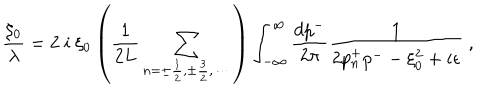
{ \frac { \xi _ { 0 } } { \lambda } } = 2 ~ i ~ \xi _ { 0 } \left( { \frac { 1 } { 2 L } } \sum _ { n = \pm \frac { 1 } { 2 } , \pm \frac { 3 } { 2 } , \cdots ~ } \right) \int _ { - \infty } ^ { \infty } { \frac { d p ^ { - } } { 2 \pi } } { \frac { 1 } { 2 p _ { n } ^ { + } p ^ { - } - \xi _ { 0 } ^ { 2 } + i \epsilon } } ~ ,